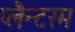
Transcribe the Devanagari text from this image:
प्लैन्टरम